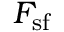
F _ { \mathrm { s f } }